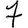
Digit: 7